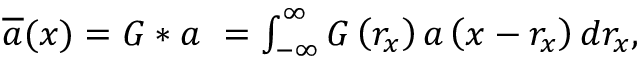
\begin{array} { r } { \overline { { { a } } } ( x ) = G * a \ = \int _ { - \infty } ^ { \infty } G \left( r _ { x } \right) a \left( x - r _ { x } \right) d r _ { x } , } \end{array}